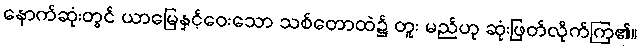
နောက်ဆုံးတွင် ယာမြေနှင့်ဝေးသော သစ်တောထဲ၌ တူး မည်ဟု ဆုံးဖြတ်လိုက်ကြ၏။